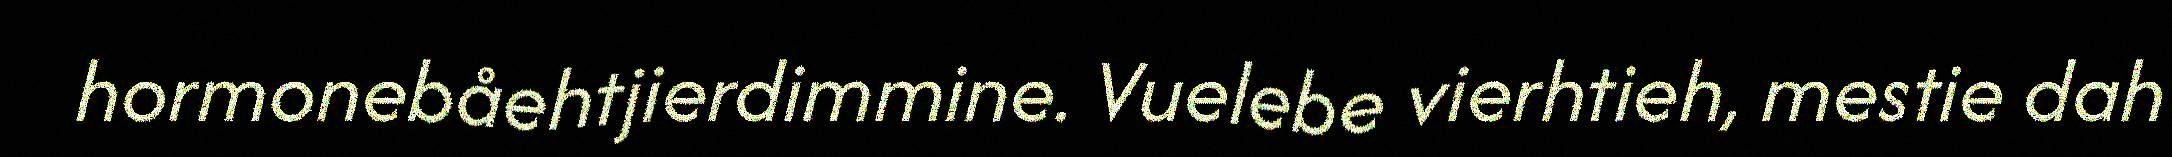
hormonebåehtjierdimmine. Vuelebe vierhtieh, mestie dah